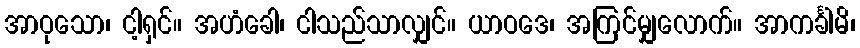
အာဝုသော၊ ငါ့ရှင်။ အဟံခေါ၊ ငါသည်သာလျှင်။ ယာဝဒေ၊ အကြင်မျှလောက်။ အာကင်္ခါမိ၊